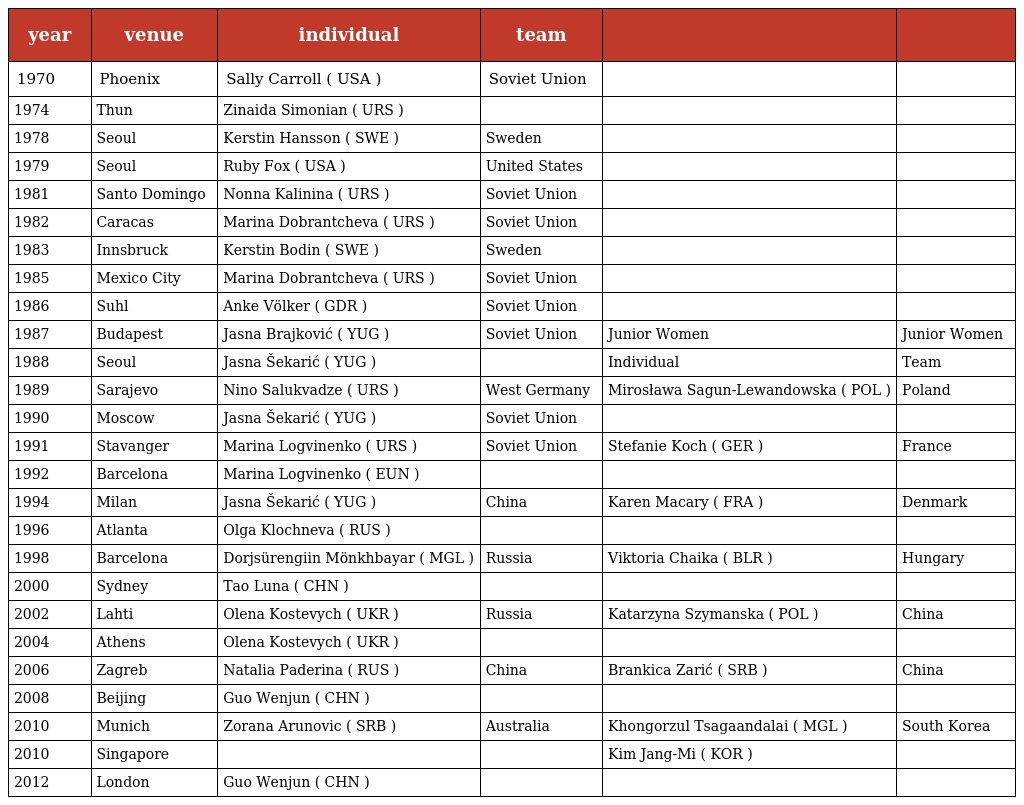
| year | venue | individual | team |  |  |
 | --- | --- | --- | --- | --- | --- |
 | 1970 | Phoenix | Sally Carroll ( USA ) | Soviet Union |  |  |
 | 1974 | Thun | Zinaida Simonian ( URS ) |  |  |  |
 | 1978 | Seoul | Kerstin Hansson ( SWE ) | Sweden |  |  |
 | 1979 | Seoul | Ruby Fox ( USA ) | United States |  |  |
 | 1981 | Santo Domingo | Nonna Kalinina ( URS ) | Soviet Union |  |  |
 | 1982 | Caracas | Marina Dobrantcheva ( URS ) | Soviet Union |  |  |
 | 1983 | Innsbruck | Kerstin Bodin ( SWE ) | Sweden |  |  |
 | 1985 | Mexico City | Marina Dobrantcheva ( URS ) | Soviet Union |  |  |
 | 1986 | Suhl | Anke Völker ( GDR ) | Soviet Union |  |  |
 | 1987 | Budapest | Jasna Brajković ( YUG ) | Soviet Union | Junior Women | Junior Women |
 | 1988 | Seoul | Jasna Šekarić ( YUG ) |  | Individual | Team |
 | 1989 | Sarajevo | Nino Salukvadze ( URS ) | West Germany | Mirosława Sagun-Lewandowska ( POL ) | Poland |
 | 1990 | Moscow | Jasna Šekarić ( YUG ) | Soviet Union |  |  |
 | 1991 | Stavanger | Marina Logvinenko ( URS ) | Soviet Union | Stefanie Koch ( GER ) | France |
 | 1992 | Barcelona | Marina Logvinenko ( EUN ) |  |  |  |
 | 1994 | Milan | Jasna Šekarić ( YUG ) | China | Karen Macary ( FRA ) | Denmark |
 | 1996 | Atlanta | Olga Klochneva ( RUS ) |  |  |  |
 | 1998 | Barcelona | Dorjsürengiin Mönkhbayar ( MGL ) | Russia | Viktoria Chaika ( BLR ) | Hungary |
 | 2000 | Sydney | Tao Luna ( CHN ) |  |  |  |
 | 2002 | Lahti | Olena Kostevych ( UKR ) | Russia | Katarzyna Szymanska ( POL ) | China |
 | 2004 | Athens | Olena Kostevych ( UKR ) |  |  |  |
 | 2006 | Zagreb | Natalia Paderina ( RUS ) | China | Brankica Zarić ( SRB ) | China |
 | 2008 | Beijing | Guo Wenjun ( CHN ) |  |  |  |
 | 2010 | Munich | Zorana Arunovic ( SRB ) | Australia | Khongorzul Tsagaandalai ( MGL ) | South Korea |
 | 2010 | Singapore |  |  | Kim Jang-Mi ( KOR ) |  |
 | 2012 | London | Guo Wenjun ( CHN ) |  |  |  |